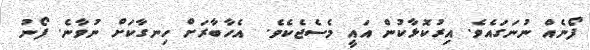
ފޯނެއް ނުނަގައެވެ. އިރުކޮޅާކުން އައީ މެސެޖެކެވެ.  އެހާބާރަށް ހިނގާކަށް ނުވާނެ. ފޯނު